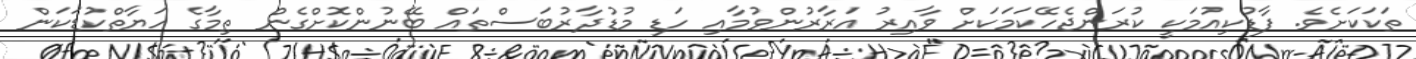
ތަކަކަށެވެ. ފާޑުކިއުމަކީ ކުރަންޖެހޭކަމަކަށް ވާއިރު އަރާރުންވުމާއި ހަޑި މުޑުދާރުބަސްތައް ބޭނުންކޮށްގެން ތިމާގެ ހަޔާތްކުޑަކަން